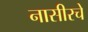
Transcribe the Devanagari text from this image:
नासीरचे